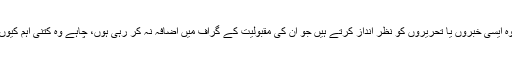
چنانچہ وہ ایسی خبروں یا تحریروں کو نظر انداز کرتے ہیں جو ان کی مقبولیت کے گراف میں اضافہ نہ کر رہی ہوں، چاہے وہ کتنی اہم کیوں نہ ہوں۔